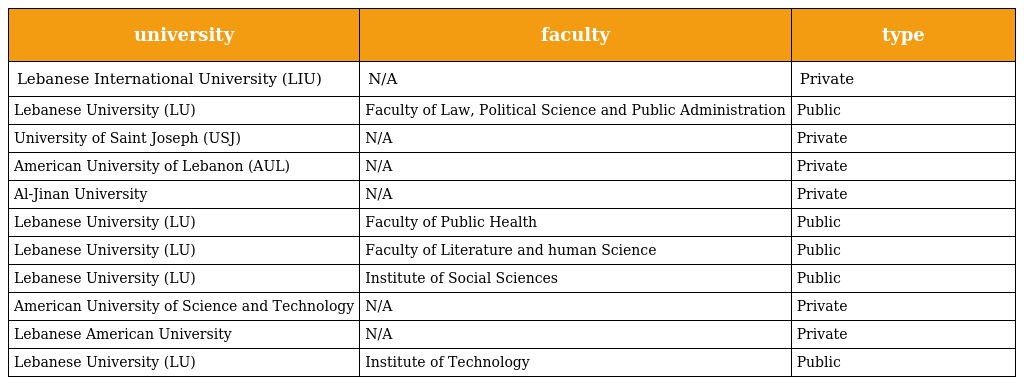
| university | faculty | type |
 | --- | --- | --- |
 | Lebanese International University (LIU) | N/A | Private |
 | Lebanese University (LU) | Faculty of Law, Political Science and Public Administration | Public |
 | University of Saint Joseph (USJ) | N/A | Private |
 | American University of Lebanon (AUL) | N/A | Private |
 | Al-Jinan University | N/A | Private |
 | Lebanese University (LU) | Faculty of Public Health | Public |
 | Lebanese University (LU) | Faculty of Literature and human Science | Public |
 | Lebanese University (LU) | Institute of Social Sciences | Public |
 | American University of Science and Technology | N/A | Private |
 | Lebanese American University | N/A | Private |
 | Lebanese University (LU) | Institute of Technology | Public |